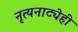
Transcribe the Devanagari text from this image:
नृत्यनाट्येही